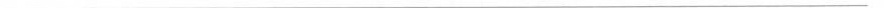
___